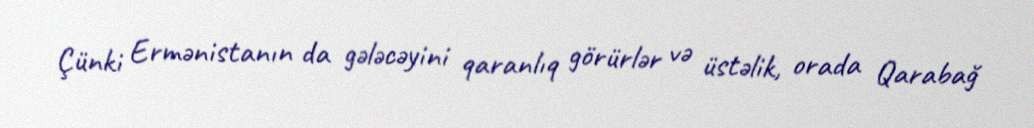
Çünki Ermənistanın da gələcəyini qaranlıq görürlər və üstəlik, orada Qarabağ